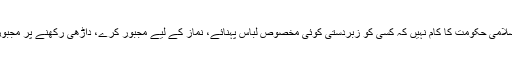
سوال: اسلامی حکومت کا کام نہیں کہ کسی کو زبردستی کوئی مخصوص لباس پہنائے، نماز کے لیے مجبور کرے، داڑھی رکھنے پر مجبور کرے۔